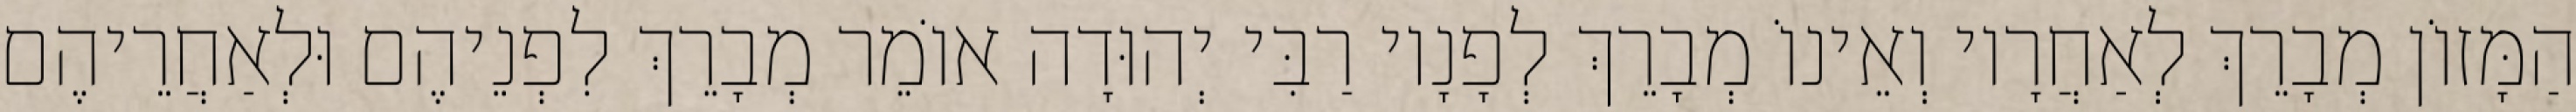
הַמָּזוֹן מְבָרֵךְ לְאַחֲרָיו וְאֵינוֹ מְבָרֵךְ לְפָנָיו רַבִּי יְהוּדָה אוֹמֵר מְבָרֵךְ לִפְנֵיהֶם וּלְאַחֲרֵיהֶם